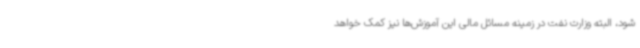
شود، البته وزارت نفت در زمینه مسائل مالی این آموزش‌ها نیز کمک خواهد